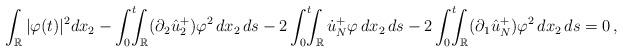
LaTeX: \begin{align*}\int_{\mathbb R}\vert\varphi(t)\vert^2dx_2-\int_0^t\!\!\!\int_{\mathbb R}(\partial_2\hat u^+_2)\varphi^2\,dx_2\,ds-2\int_0^t\!\!\!\int_{\mathbb R}\dot u^+_N\varphi\,dx_2\,ds-2\int_0^t\!\!\!\int_{\mathbb R}(\partial_1\hat u^+_N)\varphi^2\,dx_2\,ds=0\,,\end{align*}